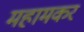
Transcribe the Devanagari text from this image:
महामकर